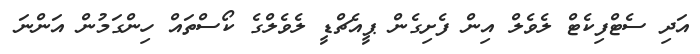
އަދި ސެޓްފިކެޓް ލެވެލް އިން ފެށިގެން ޕީއެޗްޑީ ލެވެލްގެ ކޯސްތައް ހިންގަމުން އަންނަ